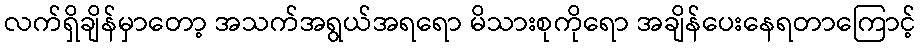
လက်ရှိချိန်မှာတော့ အသက်အရွယ်အရရော မိသားစုကိုရော အချိန်ပေးနေရတာကြောင့်